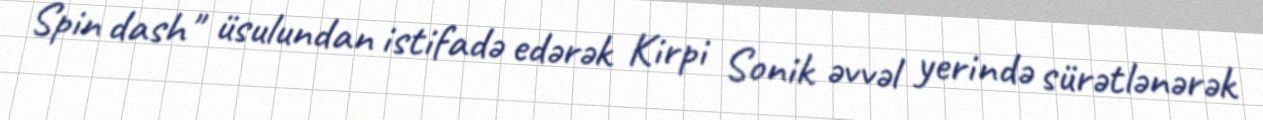
Spin dash" üsulundan istifadə edərək Kirpi Sonik əvvəl yerində sürətlənərək